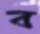
ব